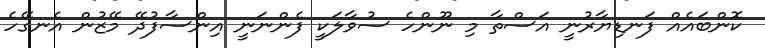
ކޮންބައެއް ފަނޑިޔާރުނީ އަސްތާ މި ނޫންހެ ސުވާލަކީ ފެންނަނީ އިންސާފުދޭ މޭޒުން އެނގޭހެ